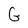
Character: G